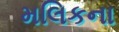
મલિકના